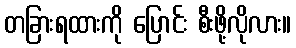
တခြားရထားကို ပြောင်း စီးဖို့လိုလား။